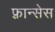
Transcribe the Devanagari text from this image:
फ़्रान्सेस